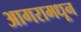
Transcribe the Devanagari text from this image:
आगरामधून